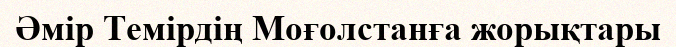
Әмір Темірдің Моғолстанға жорықтары